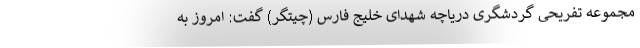
مجموعه تفریحی گردشگری دریاچه شهدای خلیج فارس (چیتگر) گفت: امروز به